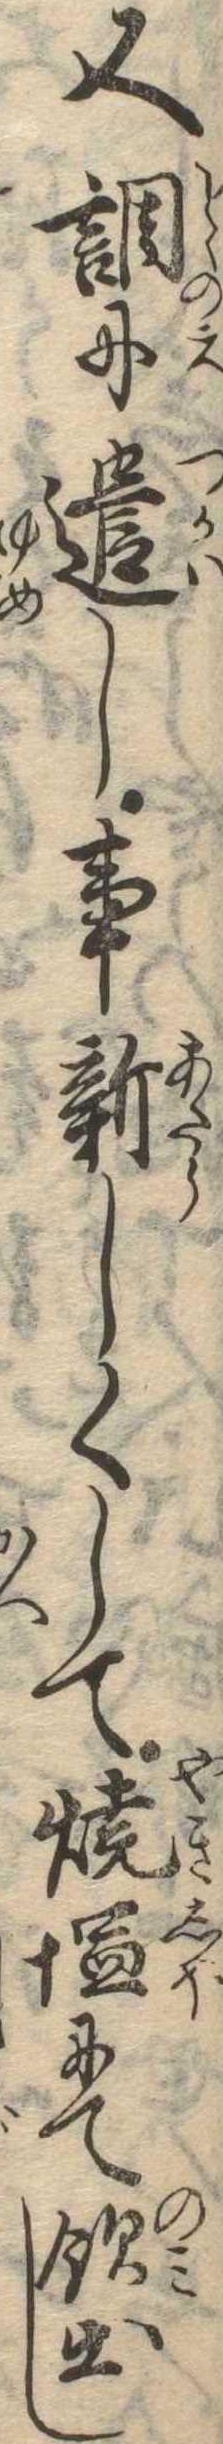
又調に遣し事新しくして焼塩にて飲出し